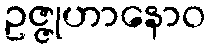
ဥဇ္ဇုဟာနောဝ